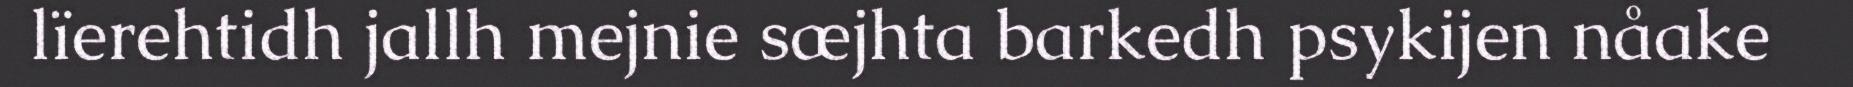
lïerehtidh jallh mejnie sæjhta barkedh psykijen nåake